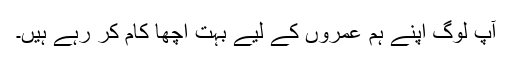
آپ لوگ اپنے ہم عمروں کے لیے بہت اچھا کام کر رہے ہیں۔